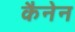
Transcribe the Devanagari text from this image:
कैनेन